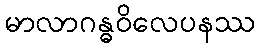
မာလာဂန္ဓဝိလေပနဿ